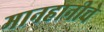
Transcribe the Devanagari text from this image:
मानहानीचे